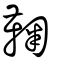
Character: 鞠